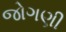
જોગણી